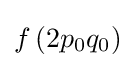
{\textstyle f\left(2p_{0}q_{0}\right)}